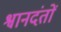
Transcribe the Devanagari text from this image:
श्वानदंतों